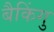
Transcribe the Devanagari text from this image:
बैकिंगु